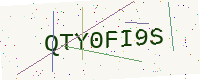
Text: QTY0FI9S